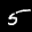
Label: 5